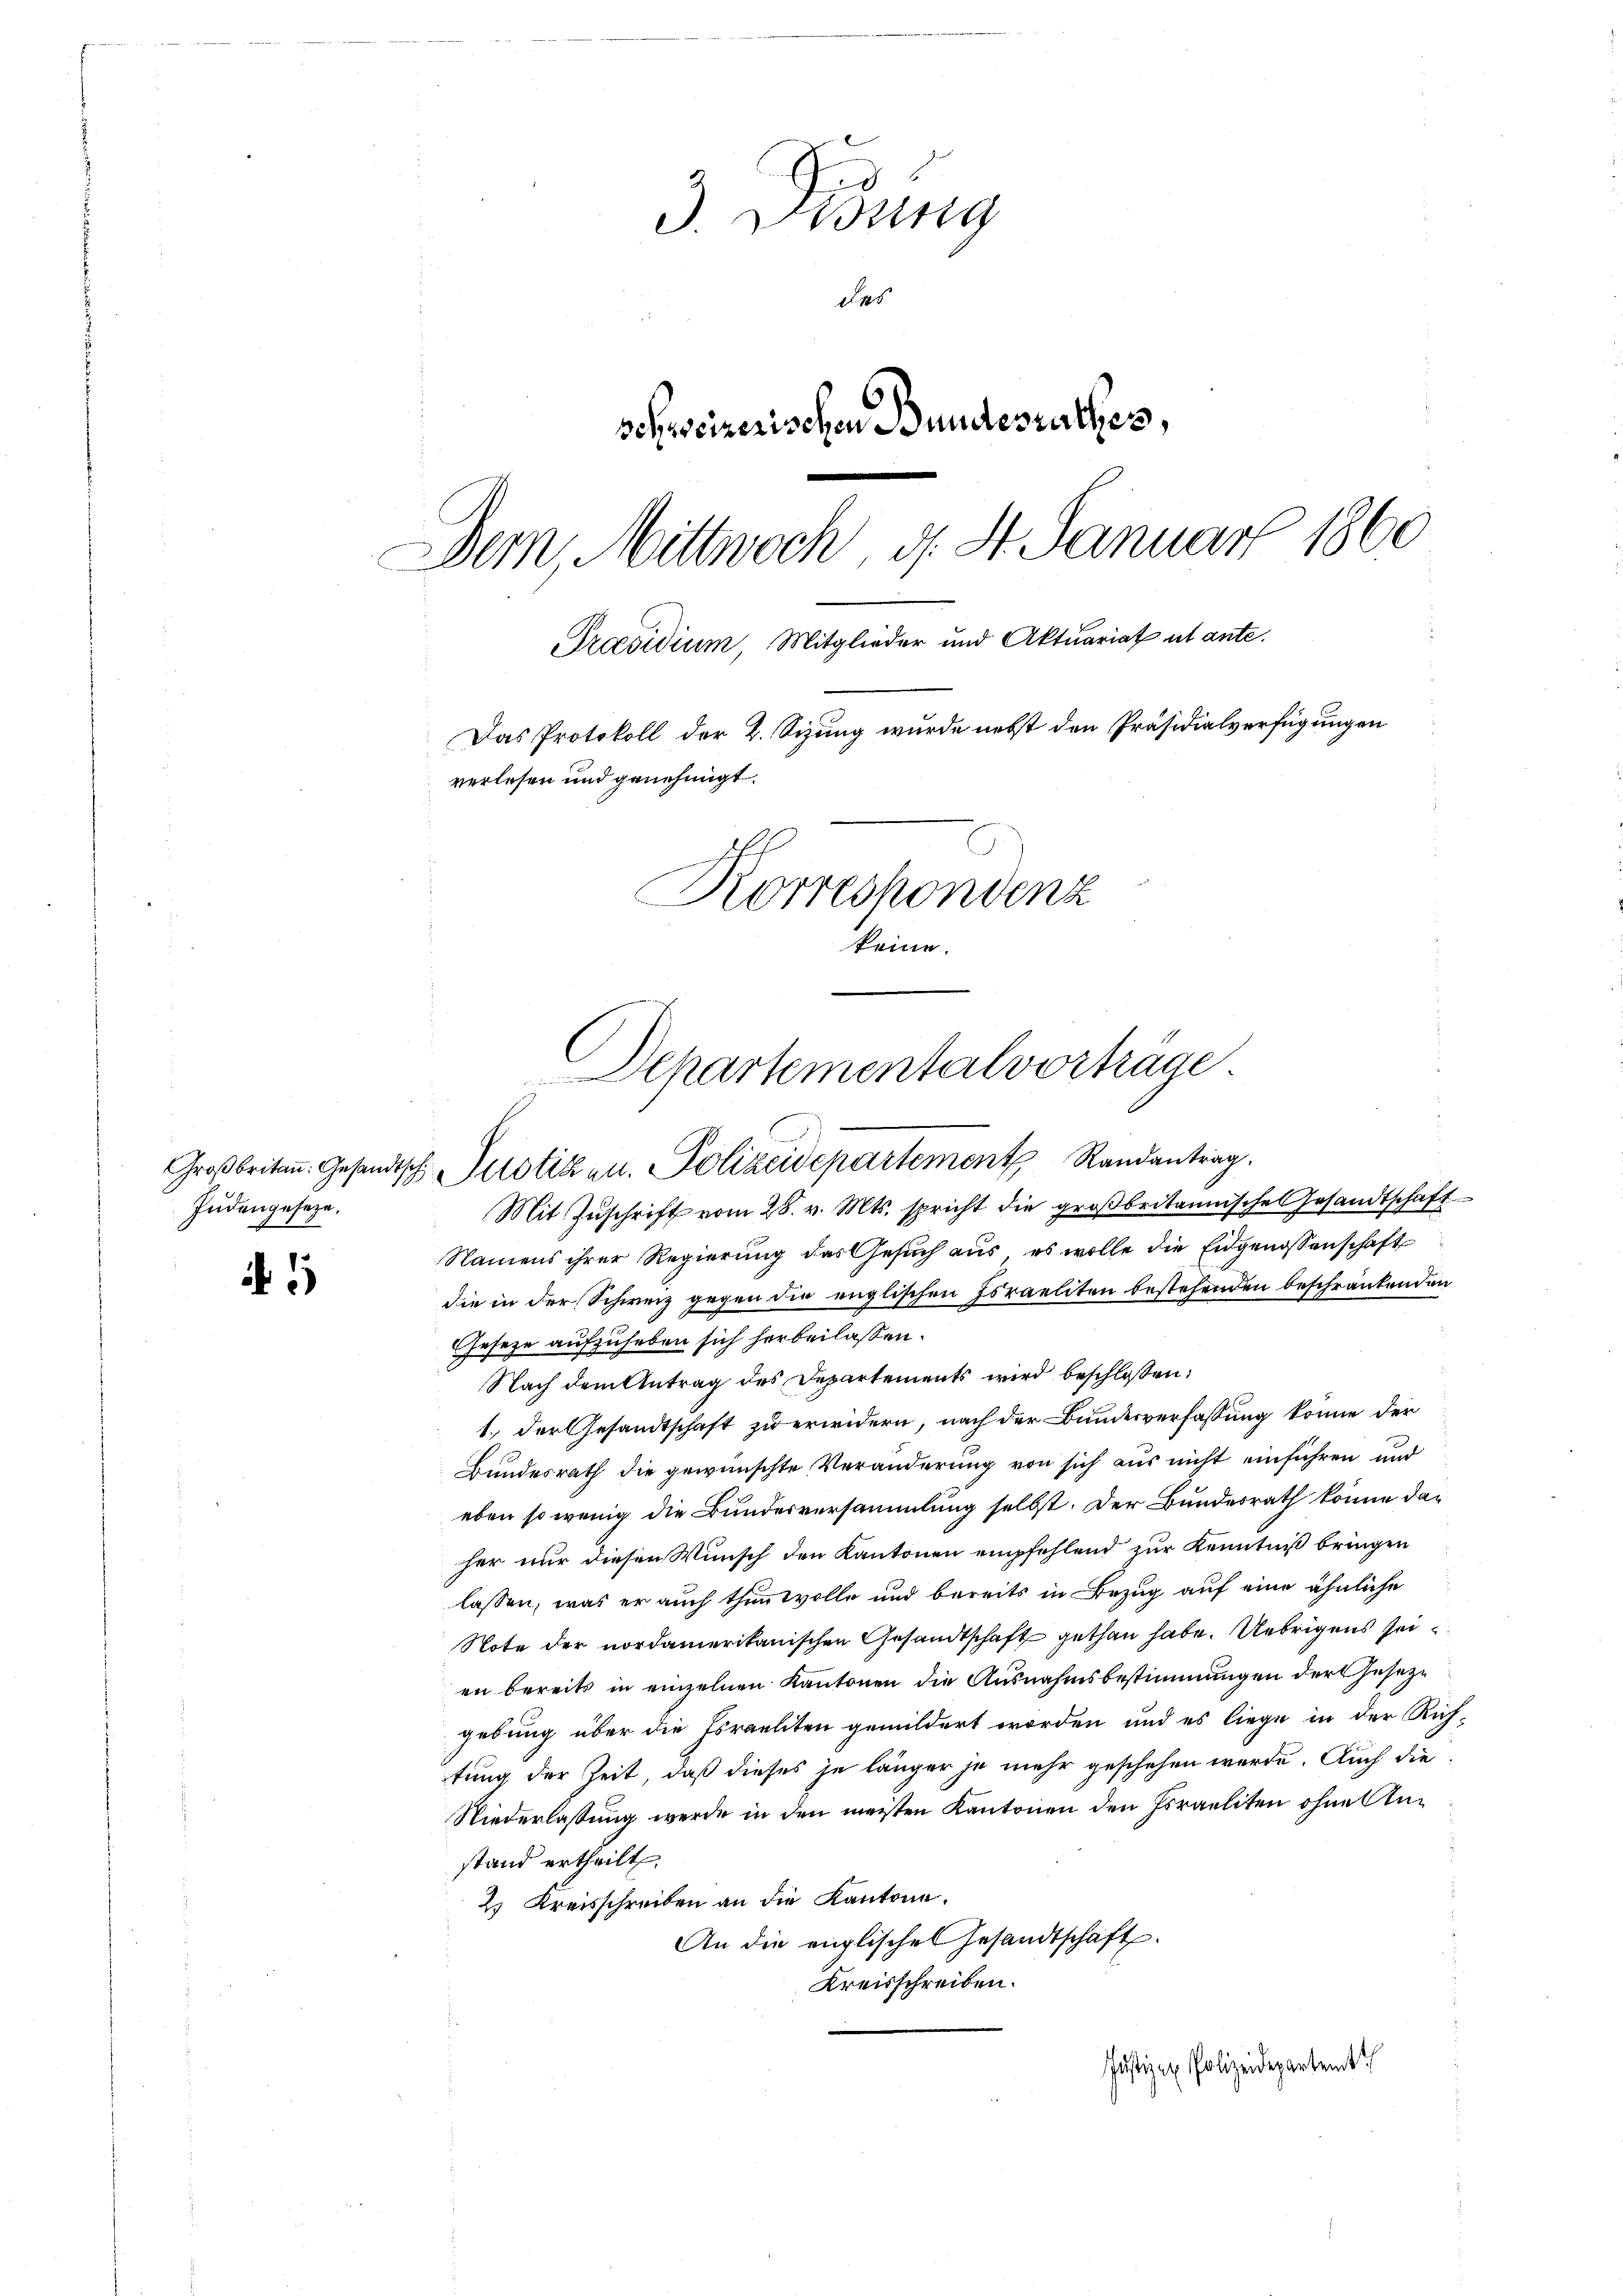
Judengeseze.

3. Visung
des
schweizerischen Bundesrathes,
Dem Mittwoch, d. St. Januar 1860
Praesidium, Mitglieder und Aktuariat ut ante.
Das Protokoll der 2. Sizung wurde nebst den Präsidialverfügungen
verlesen und genehmigt.
Korreshondenz
keine.

1

Namens ihrer Regierung das Gesuch aus, es wolle die Eidgenossenschaft
die in der Schweiz gegen die englischen Israeliten bestehenden beschränkenden
Gesetze aufzuheben sich herbeilassen.
Nach dem Antrag des Departements wird beschloßen:
1.) Der Gesandtschaft zu erwidern, nach der Bundesverfassung könne der
Bundesrath die gewünschte Veränderung von sich aus nicht einführen und
eben so wenig die Bundesversammlung selbst. Der Bundesrath könne daher nur diesen Wunsch den Kantonen empfehlend zur Kenntniß bringen
lassen, was er auch thun wolle und bereits in Bezug auf eine ähnliche
Note der nordamerikanischen Gesandtschaft gethan habe. Uebrigens seien bereits in einzelnen Kantonen die Ausnahmsbestimmungen der Gesezgebung über die Israeliten gemildert worden und es liege in der Rich-
tung der Zeit, daß dieses je länger je mehr geschehen werde. Auch die
Niederlassung werde in den meisten Kantonen den Israeliten ohne Anstand ertheilt.
2. Kreisschreiben an die Kantone.
An die englischen Gesandtschaft.
Kreisschreiben.
Justiz ex Polizeidepartemtth

Departementalvorträge.
Großbritan. Gesandtsch. Justiken. Polizeidepartement Randantrag.
Mit Zŭschrift vom 28. v. Mts. spricht die groβbritannisches Gesandtschaft